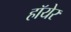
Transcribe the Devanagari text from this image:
हॉयेर